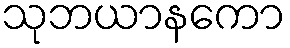
သုဘယာနကော